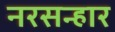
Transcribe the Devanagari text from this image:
नरसन्हार